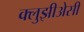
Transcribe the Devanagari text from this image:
क्लुझीअेसी